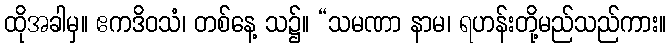
ထိုအခါမှ။ ဧကဒိဝသံ၊ တစ်နေ့ သ၌။ “သမဏာ နာမ၊ ရဟန်းတို့မည်သည်ကား။